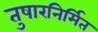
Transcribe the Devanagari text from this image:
तुषारनिर्मित